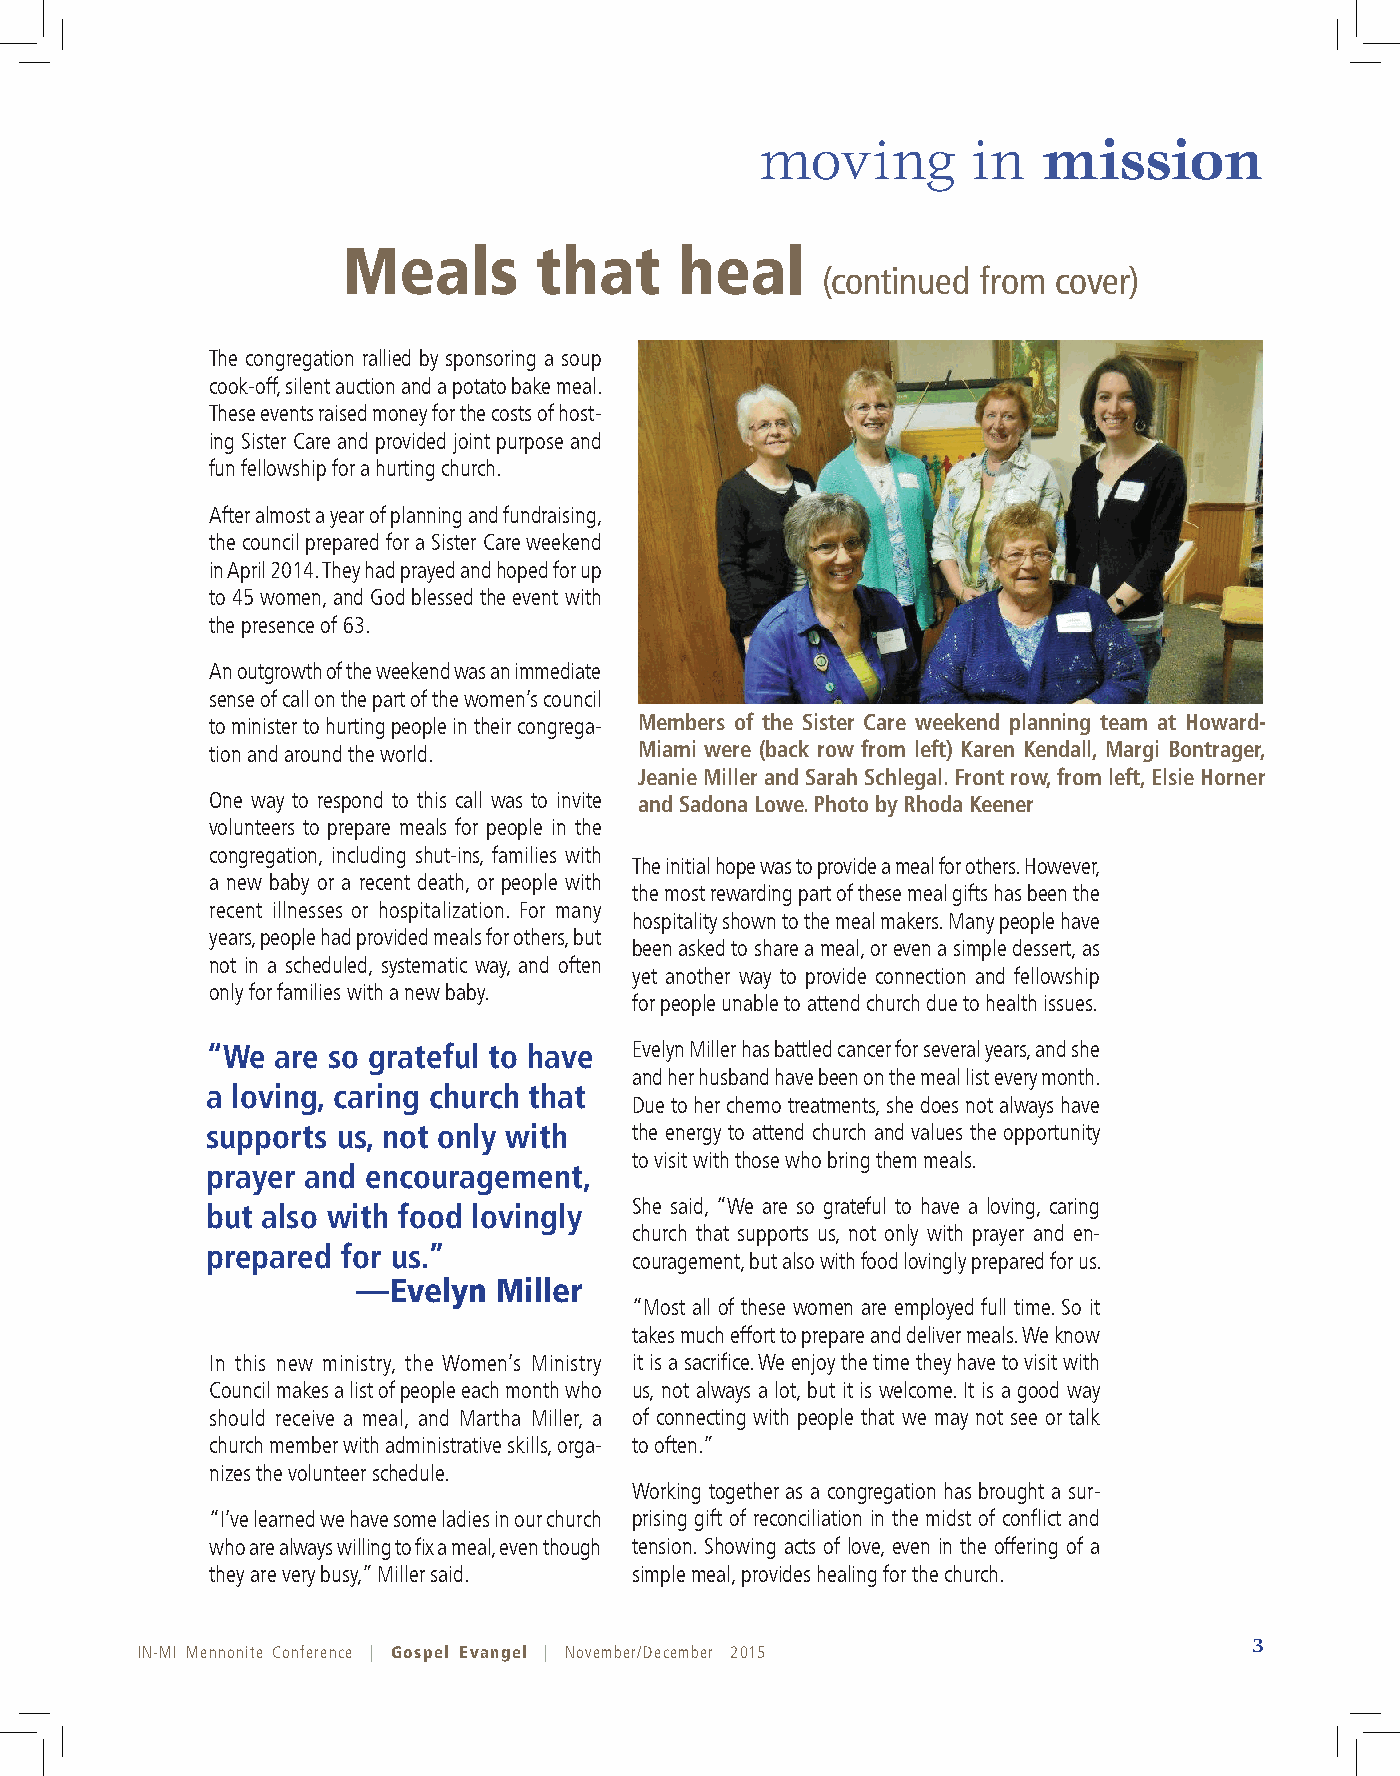
moving        in   mission
 Meals       that      heal
 (continued from cover)
 The congregation rallied by sponsoring a soup
 cook-off, silent auction and a potato bake meal.
 These events raised money for the costs of host-
 ing Sister Care and provided joint purpose and
 fun fellowship for a hurting church.
 After almost a year of planning and fundraising,
 the council prepared for a Sister Care weekend
 in April 2014. They had prayed and hoped for up
 to 45 women, and God blessed the event with
 the presence of 63.
 An outgrowth of the weekend was an immediate
 sense of call on the part of the women’s council
 to minister to hurting people in their congrega- Members of the Sister Care weekend planning team at Howard-
 tion and around the world.  Miami were (back row from left) Karen Kendall, Margi Bontrager,
 Jeanie Miller and Sarah Schlegal. Front row, from left, Elsie Horner
 One way to respond to this call was to invite and Sadona Lowe. Photo by Rhoda Keener
 volunteers to prepare meals for people in the
 congregation, including shut-ins, families with
 The initial hope was to provide a meal for others. However,
 a new baby or a recent death, or people with
 the most rewarding part of these meal gifts has been the
 recent illnesses or hospitalization. For many
 hospitality shown to the meal makers. Many people have
 years, people had provided meals for others, but
 been asked to share a meal, or even a simple dessert, as
 not in a scheduled, systematic way, and often
 yet another way to provide connection and fellowship
 only for families with a new baby.
 for people unable to attend church due to health issues.
 “We are so grateful to have Evelyn Miller has battled cancer for several years, and she
 and her husband have been on the meal list every month.
 a loving, caring church that
 Due to her chemo treatments, she does not always have
 supports us, not only with  the energy to attend church and values the opportunity
 to visit with those who bring them meals.
 prayer and encouragement,
 She said, “We are so grateful to have a loving, caring
 but also with food lovingly
 church that supports us, not only with prayer and en-
 prepared for us.”
 couragement, but also with food lovingly prepared for us.
 —Evelyn  Miller
 “Most all of these women are employed full time. So it
 takes much effort to prepare and deliver meals. We know
 In this new ministry, the Women’s Ministry it is a sacrifice. We enjoy the time they have to visit with
 Council makes a list of people each month who us, not always a lot, but it is welcome. It is a good way
 should receive a meal, and Martha Miller, a of connecting with people that we may not see or talk
 church member with administrative skills, orga- to often.”
 nizes the volunteer schedule.
 Working together as a congregation has brought a sur-
 “I’ve learned we have some ladies in our church prising gift of reconciliation in the midst of conflict and
 who are always willing to fix a meal, even though tension. Showing acts of love, even in the offering of a
 they are very busy,” Miller said. simple meal, provides healing for the church.
 3
 IN-MI Mennonite Conference | Gospel Evangel | November/December 2015